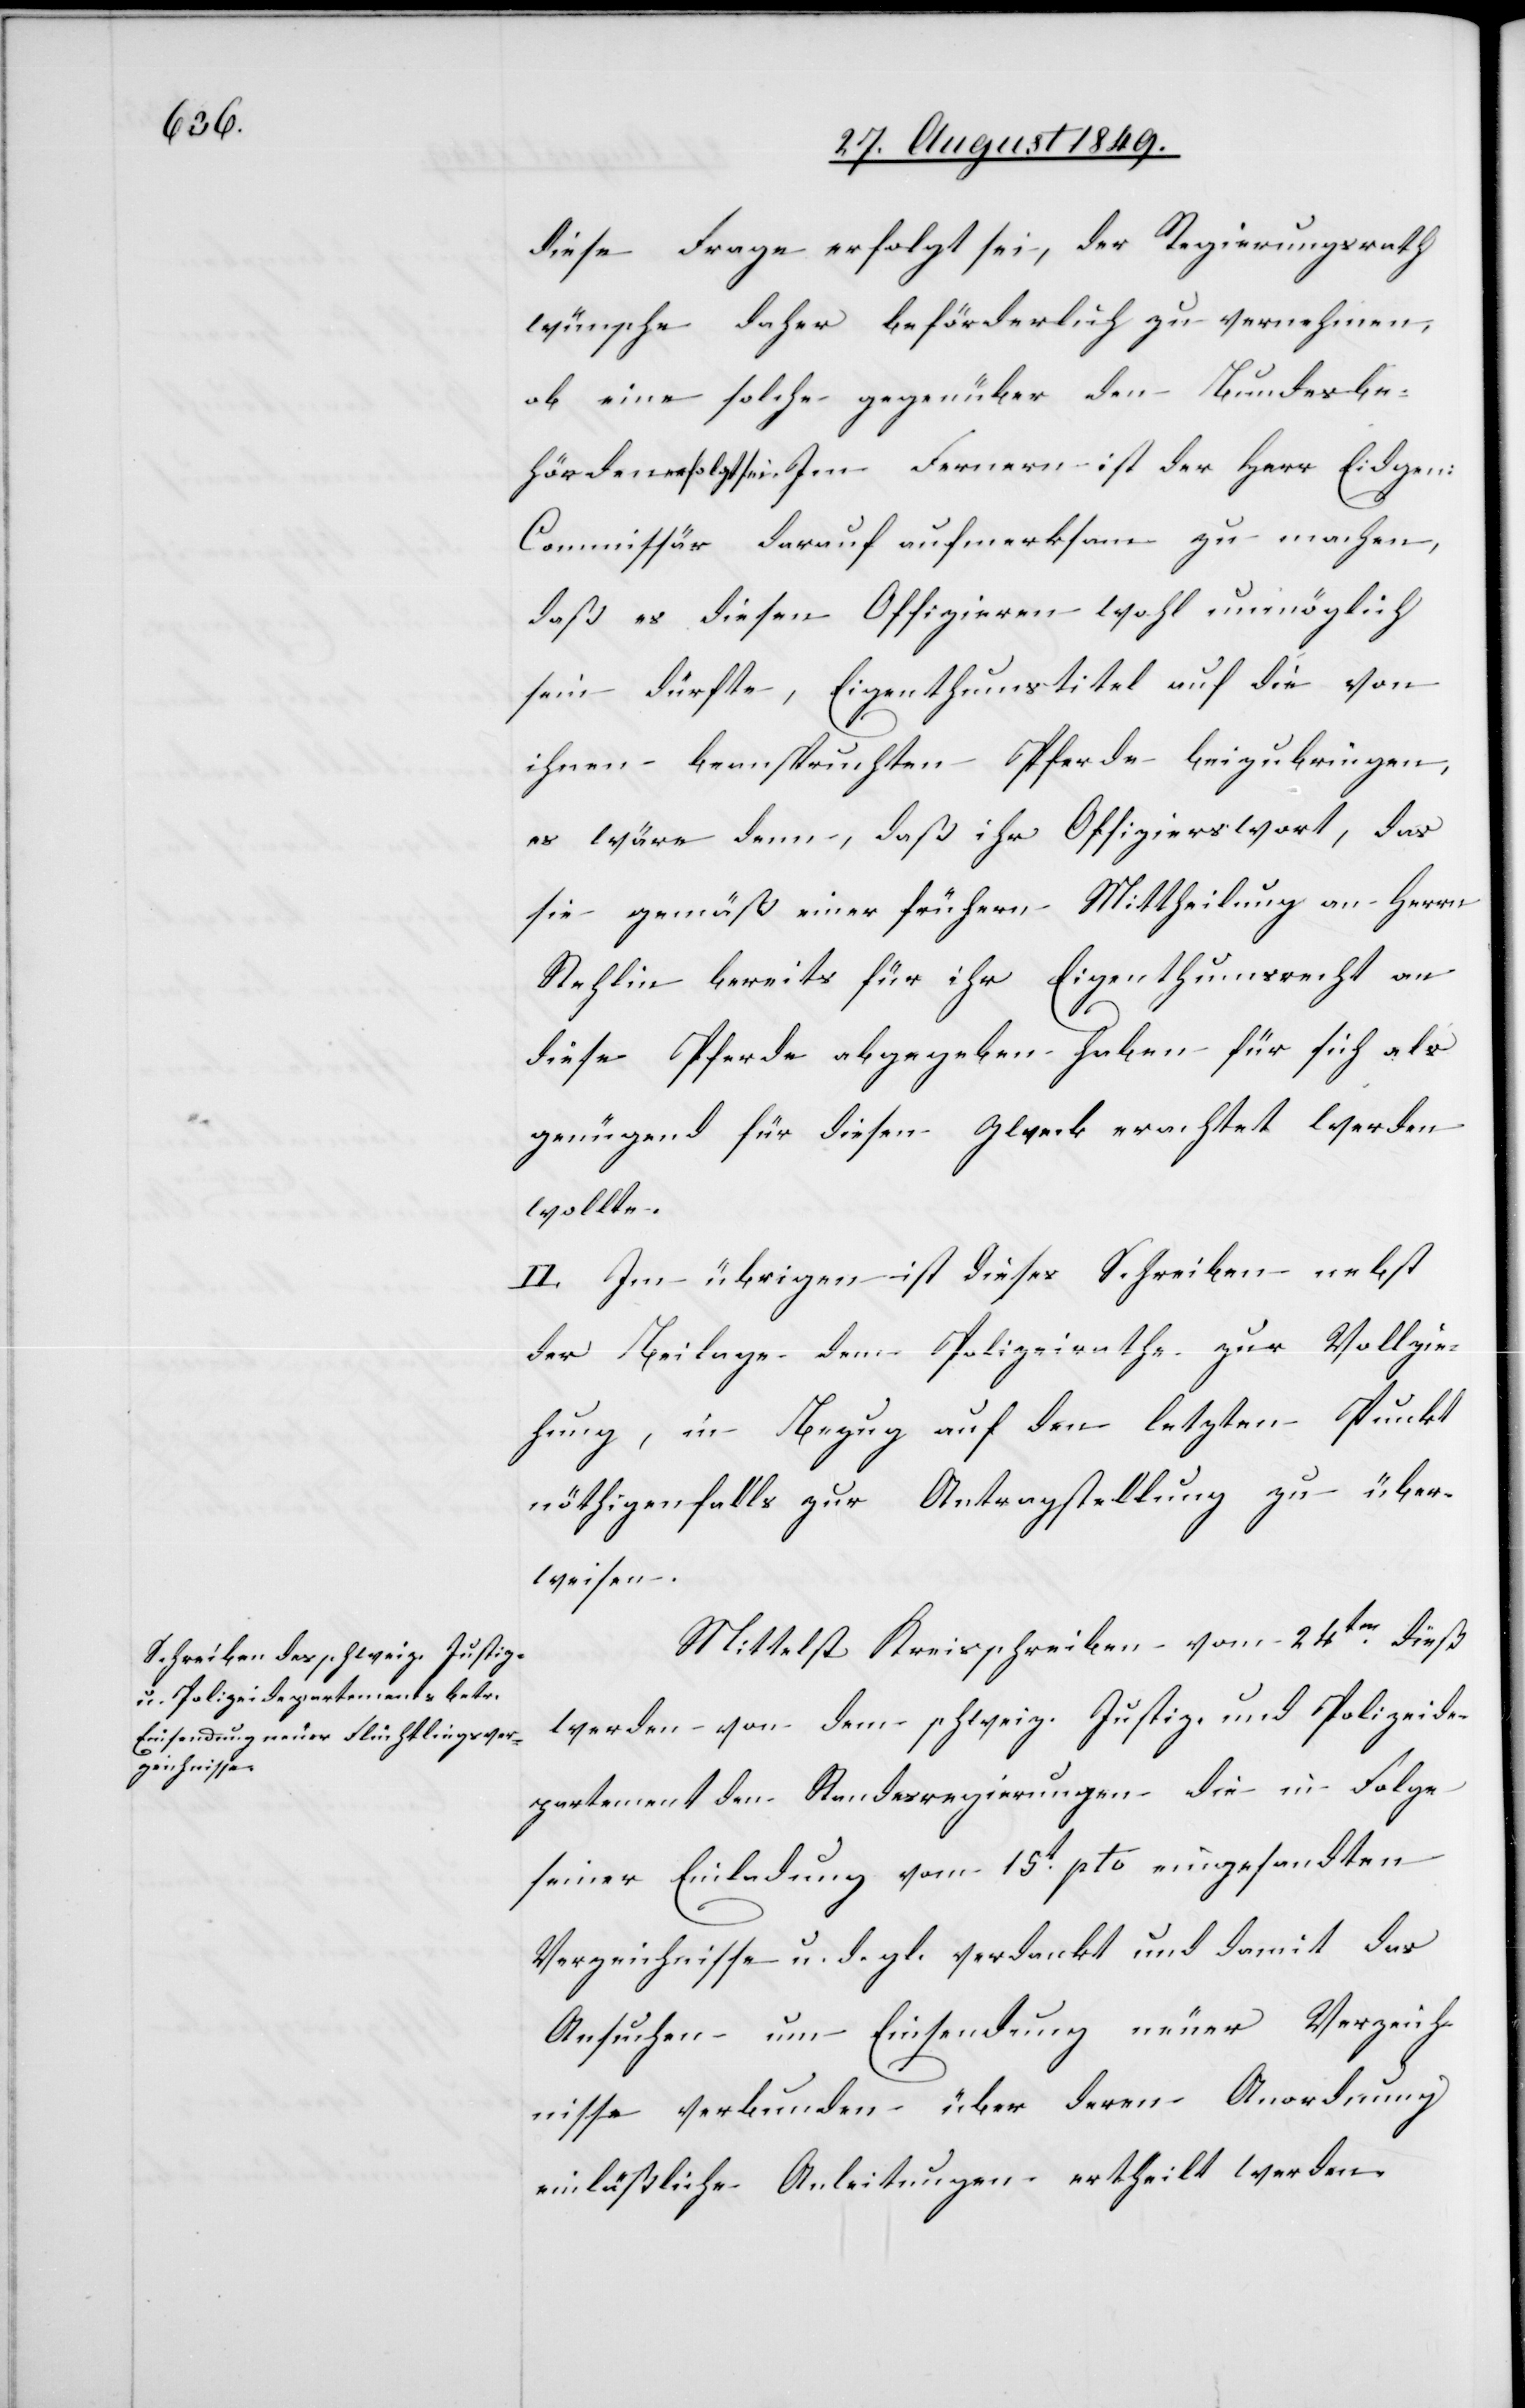
diese Frage erfolgt sei, der Regierungsrath
wünsche daher beförderlich zu vernehmen,
ob eine solche gegenüber den Bundesbe¬
hörden erfolgt sei. Im Fernern ist der Herr Eidgen:
Commissär darauf aufmerksam zu machen,
daß es diesen Offizieren wohl unmöglich
sein dürfte, Eigenthumstitel auf die von
ihnen beanspruchten Pferde beizubringen,
es wäre denn, daß ihr Offizierswort, das
sie gemäß einer frühern Mittheilung an Herrn
Stehlin bereits für ihr Eigenthumsrecht an
diese Pferde abgegeben haben für sich als
genügend für diesen Zweck erachtet werden
wollte.
II. Im übrigen ist dieses Schreiben nebst
der Beilage dem Polizeirathe zur Vollzie¬
hung, in Bezug auf den letzten Punkt
nöthigenfalls zur Antragstellung zu über¬
weisen.
Mittelst Kreisschreiben vom 24ten dieß
werden von dem schweiz. Justiz- und Polizeide¬
partement den Standesregierungen die in Folge
seiner Einladung vom 15t pto. eingesandten
Verzeichnisse u. d. gl. verdankt und damit das
Ansuchen um Einsendung neuer Verzeich¬
nisse verbunden über deren Anordnung
einläßliche Anleitungen ertheilt werden.